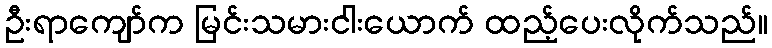
ဦးရာကျော်က မြင်းသမားငါးယောက် ထည့်ပေးလိုက်သည်။